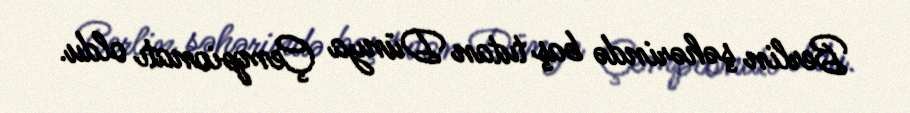
Berlin şəhərində baş tutan Dünya Çempionatı oldu.